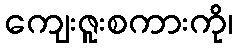
ကျေးဇူးစကားကို၊